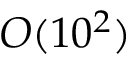
O ( 1 0 ^ { 2 } )